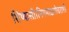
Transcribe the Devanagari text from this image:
शिष्यासी।निगमाद्यगोचराशी